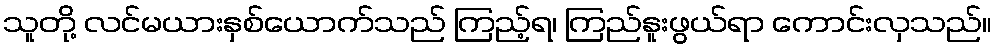
သူတို့ လင်မယားနှစ်ယောက်သည် ကြည့်ရ၊ ကြည်နူးဖွယ်ရာ ကောင်းလှသည်။